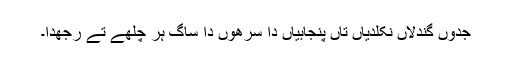
جدوں گندلاں نکلدیاں تاں پنجابیاں دا سرھوں دا ساگ ہر چُلھے تے رِجھدا۔